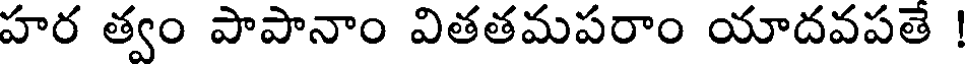
హర త్వం పాపానాం వితతమపరాం యాదవపతే !